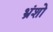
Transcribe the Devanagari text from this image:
भ्रंशो